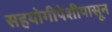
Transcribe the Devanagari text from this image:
सहयोगीपेशीपासून